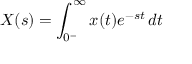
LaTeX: X ( s ) = \int _ { 0 ^ { - } } ^ { \infty } x ( t ) e ^ { - s t } \, d t